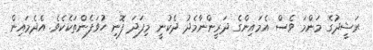
ރަޝީދުގެ މަންމަ ވެސް އެމައިންގެ ދަރީންނާމެދު ދެކުނީ މިފަދަ ފޮނި ހުވަފެންތަކެކެވެ. އެދެމައިން